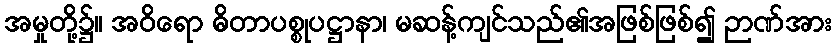
အမှုတို့၌။ အဝိရော ဓိတာပစ္စုပဋ္ဌာနာ၊ မဆန့်ကျင်သည်၏အဖြစ်ဖြစ်၍ ဉာဏ်အား